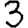
Digit: 3